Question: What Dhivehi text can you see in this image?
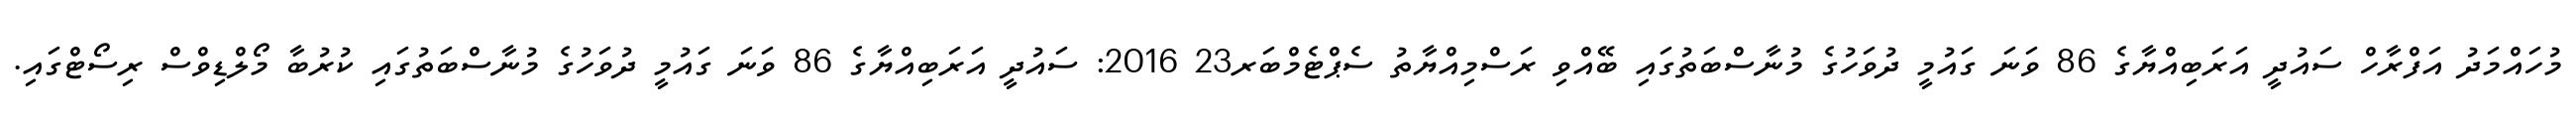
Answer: މުހައްމަދު އަފްރާހް ސައުދީ އަރަބިއްޔާގެ 86 ވަނަ ގައުމީ ދުވަހުގެ މުނާސްބަތުގައި ބޭއްވި ރަސްމިއްޔާތު ސެޕްޓެމްބަރ23 2016: ސައުދީ އަރަބިއްޔާގެ 86 ވަނަ ގައުމީ ދުވަހުގެ މުނާސްބަތުގައި ކުރުބާ މޯލްޑިވްސް ރިސޯޓްގައި.